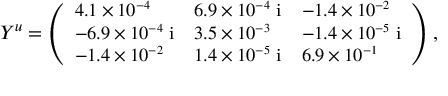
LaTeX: \small { Y ^ { u } = \left( \begin{array} { l l l } { { 4 . 1 \times 1 0 ^ { - 4 } } } & { { 6 . 9 \times 1 0 ^ { - 4 } \; \mathrm { i } } } & { { - 1 . 4 \times 1 0 ^ { - 2 } } } \\ { { - 6 . 9 \times 1 0 ^ { - 4 } \; \mathrm { i } } } & { { 3 . 5 \times 1 0 ^ { - 3 } } } & { { - 1 . 4 \times 1 0 ^ { - 5 } \; \mathrm { i } } } \\ { { - 1 . 4 \times 1 0 ^ { - 2 } } } & { { 1 . 4 \times 1 0 ^ { - 5 } \; \mathrm { i } } } & { { 6 . 9 \times 1 0 ^ { - 1 } } } \end{array} \right) \; } ,